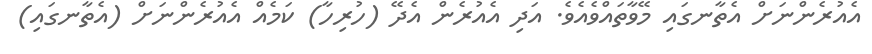
އެއުރެންނަށް އެތާނގައި މޭވާތައްވެއެވެ. އަދި އެއުރެން އެދޭ (ހުރިހާ) ކަމެއް އެއުރެންނަށް (އެތާނގައި)